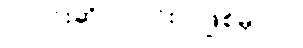
ပုလင်းဆို ပုလင်းပဲ ဖြစ်မှာပါ။